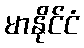
မာနိုင်ငံ